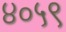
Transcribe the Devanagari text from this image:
४०५९